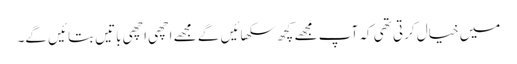
میں خیال کرتی تھی کہ آپ مجھے کچھ سکھائیں گے مجھے اچھی اچھی باتیں بتائیں گے۔